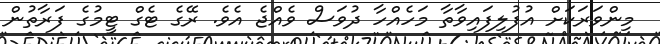
މިންވަރަކަށް އުފުލިފައިވާތާ މަހެއްހާ ދުވަސް ވެއްޖެ އެވެ. ރޭގެ ޓެގް ޓީމުގެ ފަރާތުން